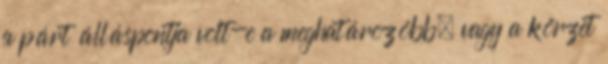
a párt álláspontja volt-e a meghatározóbb, vagy a körzet